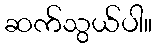
ဆက်သွယ်ပါ။